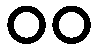
၀၀